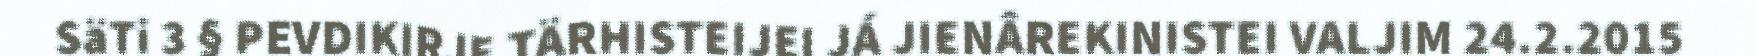
SäTi 3 § PEVDIKIRJE TÄRHISTEIJEI JÁ JIENÂREKINISTEI VALJIM 24.2.2015